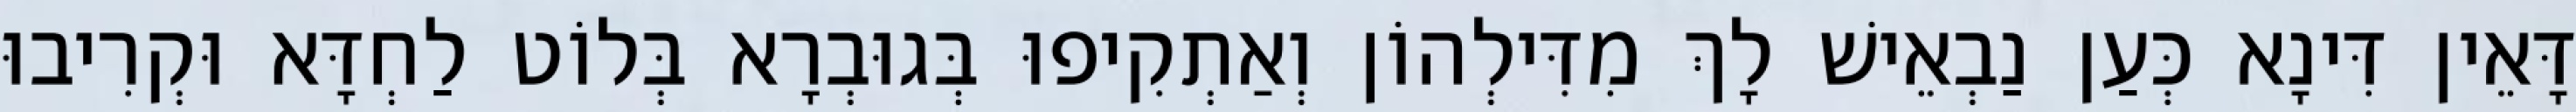
דָּאֵין דִּינָא כְּעַן נַבְאֵישׁ לָךְ מִדִּילְהוֹן וְאַתְקִיפוּ בְּגוּבְרָא בְּלוֹט לַחְדָּא וּקְרִיבוּ